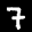
Label: 7